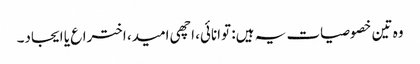
وہ تین خصوصیات یہ ہیں: توانائی، اچھی امید، اختراع یا ایجاد۔